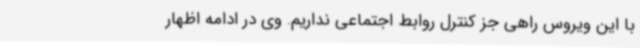
با این ویروس راهی جز کنترل روابط اجتماعی نداریم. وی در ادامه اظهار